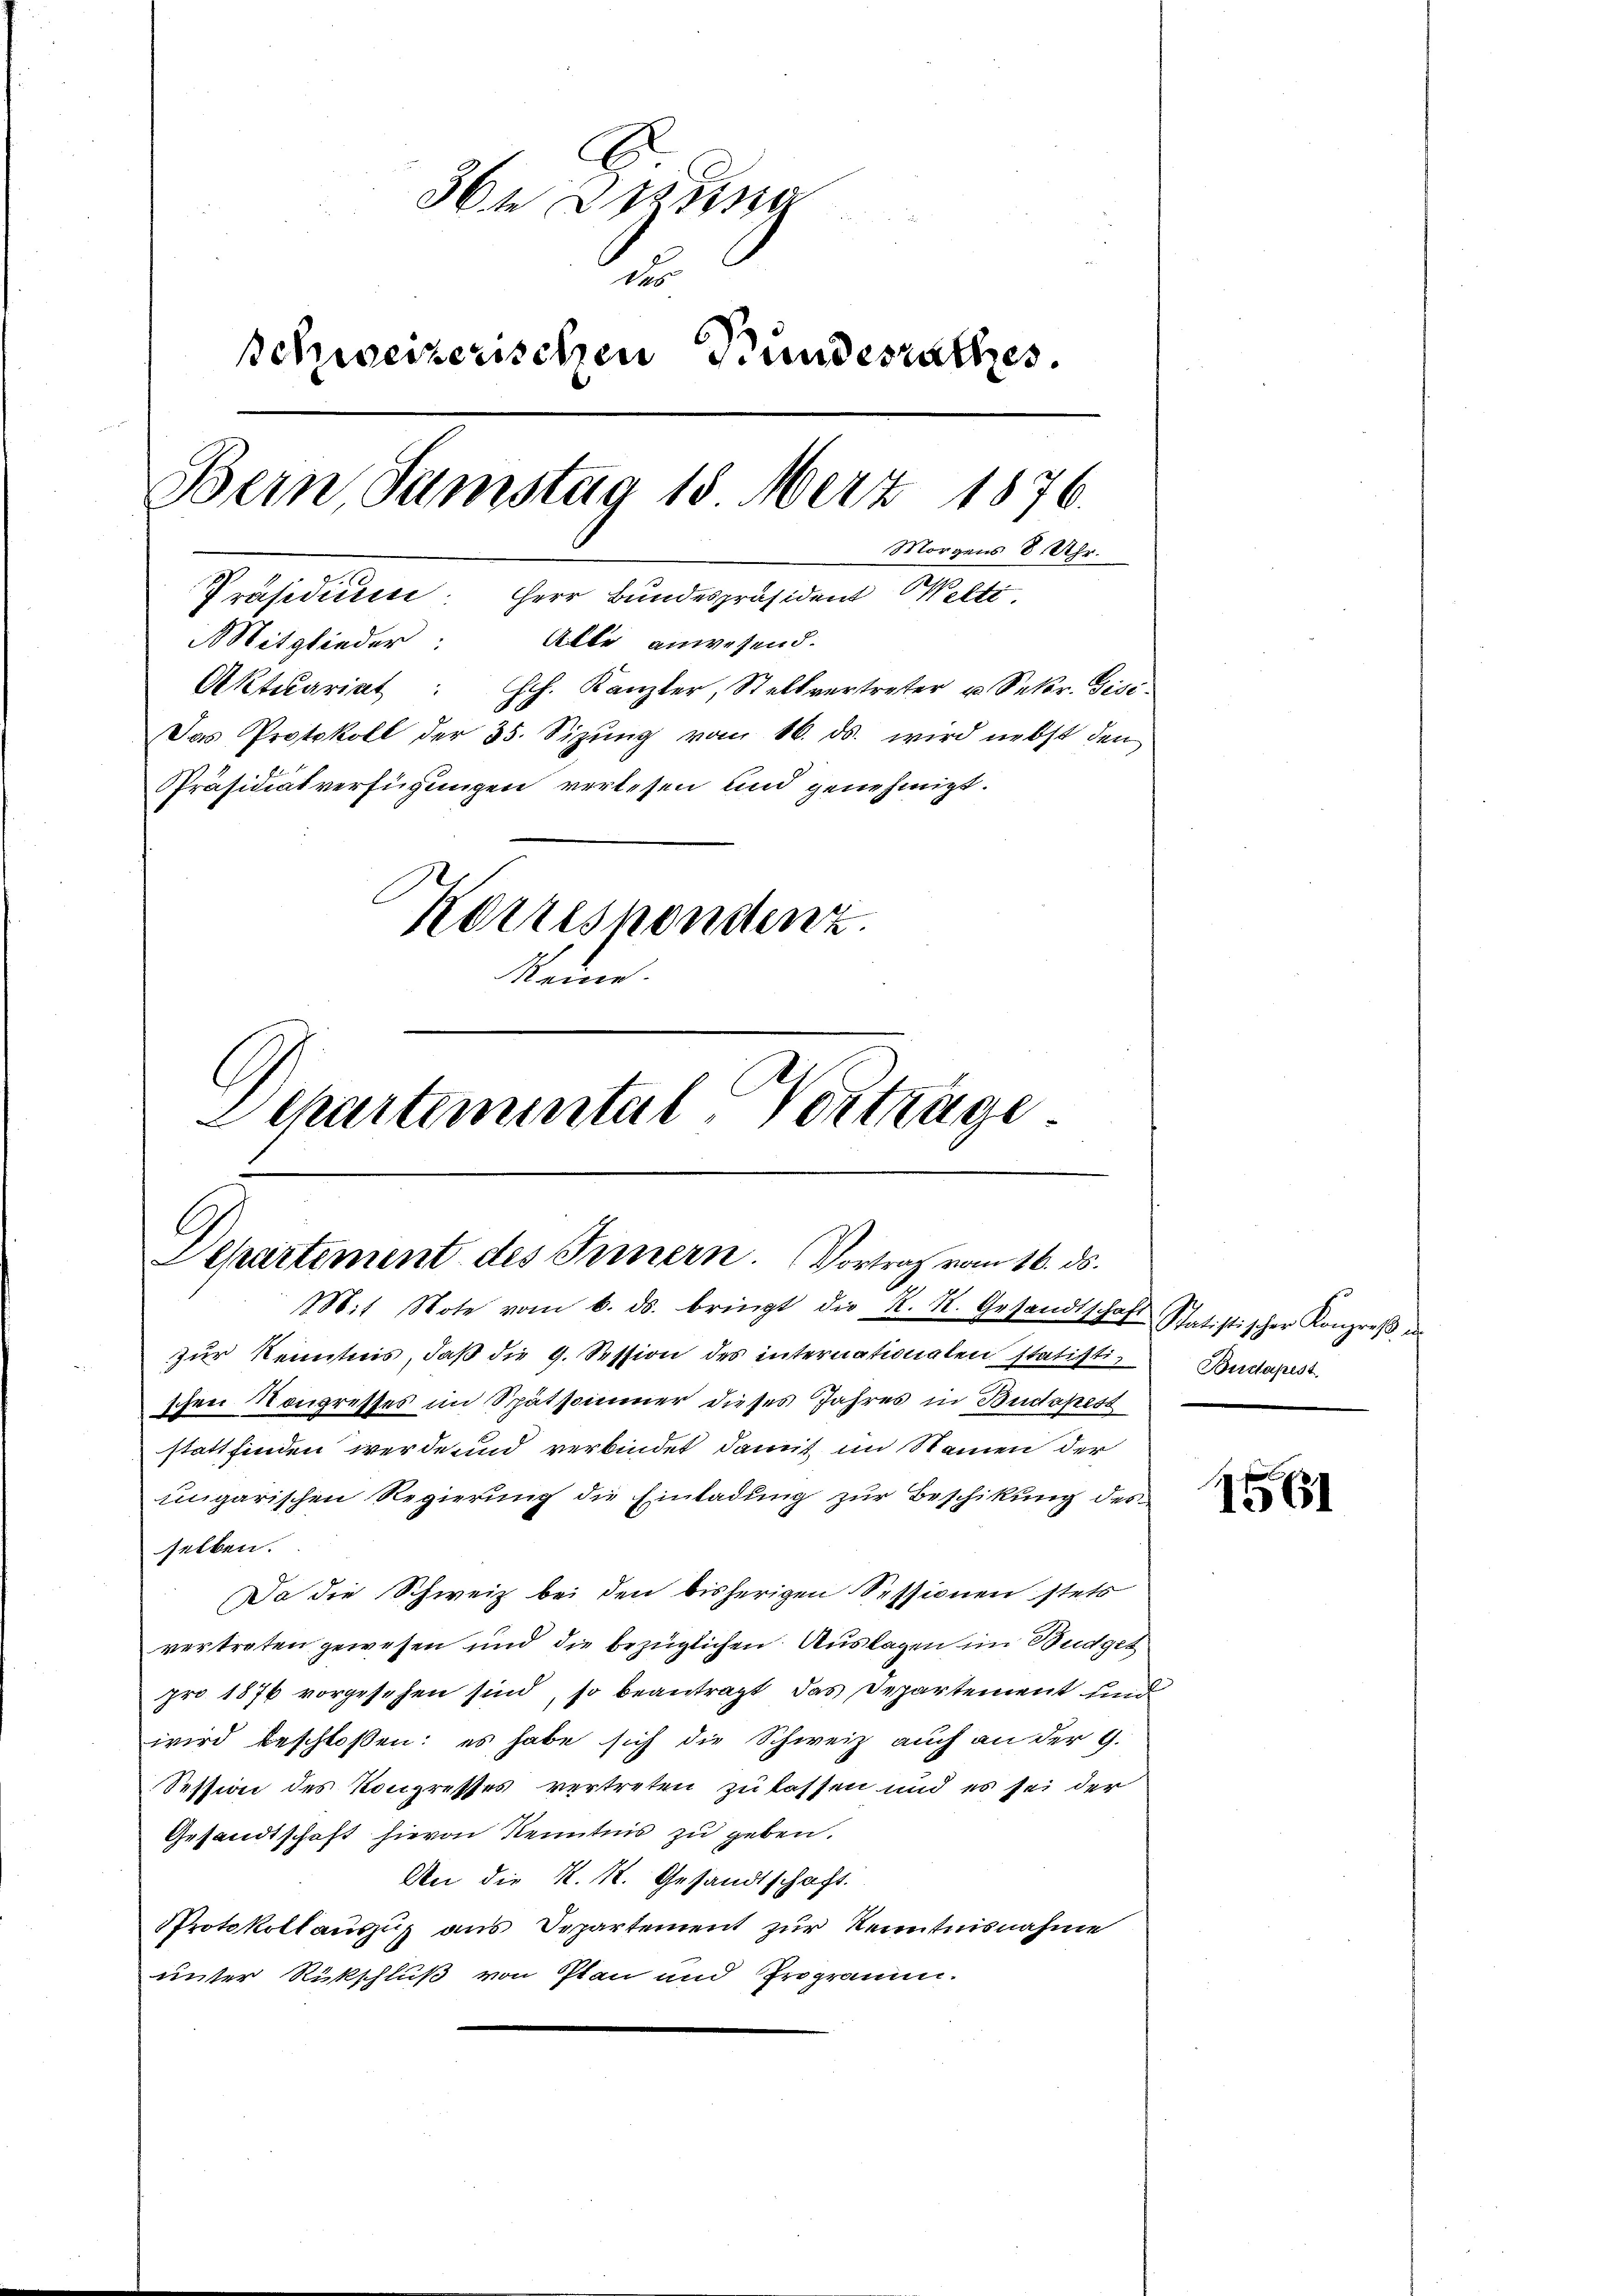
E
36te Drossa
u
Schweizerischen Bundesrathes
Bein Samstag 15 Merz 1876.
Morgens 8 Uhr.
Präsidiumer: Herr Bundespräsident Welti
Mitglieder: Alle anwesend.
Aktuariat : Hch. Kanzler, Stellvertreter u. Sekr. Visi¬
Das Protokoll der 35. Sizŭng vom 16. ds. wird nebst den
Präsidiatverfügungen verlesen und genehmigt.
Korrespondenz.
Steine.
C
Schartemental-Vortrage

C
Departement des Innern. Vortrag vom 16. ds.
Mit Note vom 6. ds. bringt die K. K. Gesandtschaft Statistischer Kongreβ in

zŭr Kenntnis, daβ die 9. Session des internationalen Statisti- Budapest.
schen Kongresses im Spätsommer dieses Jahres in Budapest
stattfinden werde und verbindet damit im Namen der
ungarischen Regierung die Einladung zur Beschikung des
selben.
Da die Schweiz bei den bisherigen Sessionen stets
vertreten gewesen und die bezüglichen Auslagen im Budget
pro 1876 vorgesehen sind, so beantragt, das Departement und
wird beschloßen: es habe sich die Schweiz auch an der 9.
Session des Kongresses vertreten zulassen und es sei der
Gesandtschaft hievon Kenntnis zu geben.
An die K. K. Gesandtschaft.
Protokollauszug aus Departement zur Kenntnisnahme
unter Rückschluß von Plan und Programm.

1561